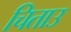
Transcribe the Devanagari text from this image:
चिताउ